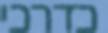
כדרכי